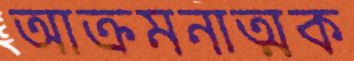
আক্রমনাত্মক